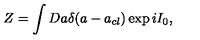
Z = \int D a \delta ( a - a _ { c l } ) \exp i I _ { 0 } ,